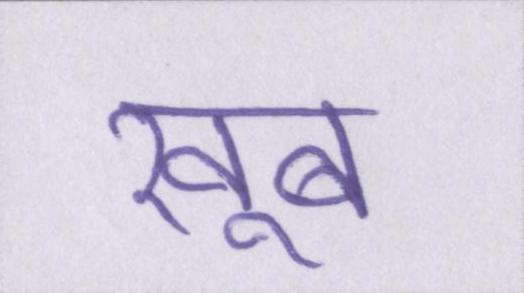
खूब